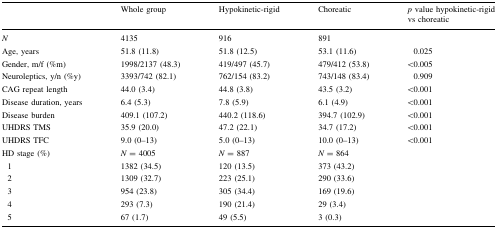
<table><thead><tr><td></td><td><b>Whole group</b></td><td><b>Hypokinetic-rigid</b></td><td><b>Choreatic</b></td><td><b><i>p</i> value hypokinetic-rigid vs choreatic</b></td></tr></thead><tbody><tr><td><i>N</i></td><td>4135</td><td>916</td><td>891</td><td></td></tr><tr><td>Age, years</td><td>51.8 (11.8)</td><td>51.8 (12.5)</td><td>53.1 (11.6)</td><td>0.025</td></tr><tr><td>Gender, m/f (%m)</td><td>1998/2137 (48.3)</td><td>419/497 (45.7)</td><td>479/412 (53.8)</td><td>&lt;0.005</td></tr><tr><td>Neuroleptics, y/n (%y)</td><td>3393/742 (82.1)</td><td>762/154 (83.2)</td><td>743/148 (83.4)</td><td>0.909</td></tr><tr><td>CAG repeat length</td><td>44.0 (3.4)</td><td>44.8 (3.8)</td><td>43.5 (3.2)</td><td>&lt;0.001</td></tr><tr><td>Disease duration, years</td><td>6.4 (5.3)</td><td>7.8 (5.9)</td><td>6.1 (4.9)</td><td>&lt;0.001</td></tr><tr><td>Disease burden</td><td>409.1 (107.2)</td><td>440.2 (118.6)</td><td>394.7 (102.9)</td><td>&lt;0.001</td></tr><tr><td>UHDRS TMS</td><td>35.9 (20.0)</td><td>47.2 (22.1)</td><td>34.7 (17.2)</td><td>&lt;0.001</td></tr><tr><td>UHDRS TFC</td><td>9.0 (0–13)</td><td>5.0 (0–13)</td><td>10.0 (0–13)</td><td>&lt;0.001</td></tr><tr><td>HD stage (%)</td><td><i>N</i> = 4005</td><td><i>N</i> = 887</td><td><i>N</i> = 864</td><td></td></tr><tr><td> 1</td><td>1382 (34.5)</td><td>120 (13.5)</td><td>373 (43.2)</td><td></td></tr><tr><td> 2</td><td>1309 (32.7)</td><td>223 (25.1)</td><td>290 (33.6)</td><td></td></tr><tr><td> 3</td><td>954 (23.8)</td><td>305 (34.4)</td><td>169 (19.6)</td><td></td></tr><tr><td> 4</td><td>293 (7.3)</td><td>190 (21.4)</td><td>29 (3.4)</td><td></td></tr><tr><td> 5</td><td>67 (1.7)</td><td>49 (5.5)</td><td>3 (0.3)</td><td></td></tr></tbody></table>